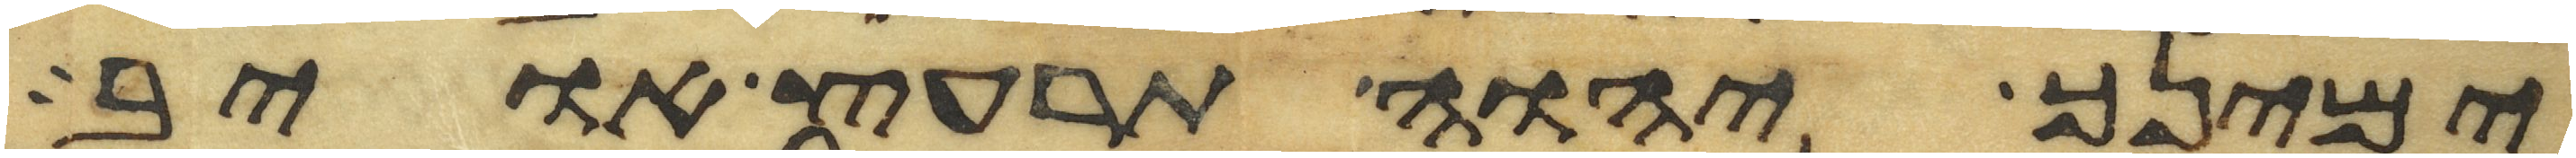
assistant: ימינך יהוה תרעץ אויב